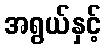
အရွယ်နှင့်